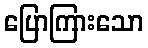
ပြောကြားသော